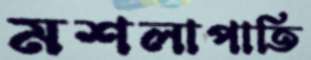
মশলাপাতি